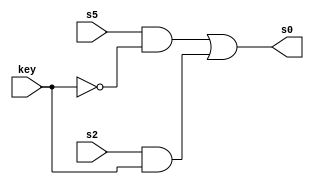
// ------------------------- 
// Exemplo0034 - LU xnor e or e xor e nor
// Nome: Pedro Henrique Vilar Locatelli 
// ------------------------- 
// ------------------------- 
// f4_gate 
// ------------------------- 
module lastChance (output [3:0] s0, 
			          input [3:0] s5, 
			          input [3:0] s2, 
			          input [3:0] key); 
 assign s0 = (s5 & ~key) | (s2 & key); 
	endmodule // lastChance 
module oneMoreTime (output [3:0] s1, 
			           input [3:0] s3, 
			           input [3:0] s4, 
			           input [3:0] key); 
 assign s1 = (s3 & ~key) | (s4 & key); 
	endmodule // oneMoreTime 
module orGate (output [3:0] s5, 
			  input [3:0] w, 
			  input [3:0] x); 
 assign s5 = (w | x);         
 	endmodule // orGate 
module xorGate (output [3:0] s2, 
			  input [3:0] w, 
			  input [3:0] x); 
 assign s2 = (w ^ x); 
	endmodule // xorGate 
module xnorGate (output [3:0] s4, 
			  input [3:0] w, 
			  input [3:0] x); 
 assign s4 = ~(w ^ x);         
 	endmodule // xnorGate 
module norGate (output [3:0] s3, 
			  input [3:0] w, 
			  input [3:0] x); 
 assign s3 = ~(w | x); 
	endmodule // norGate 
	module test_f5; 
// ------------------------- definir dados 
	reg [3:0] w; 
	reg [3:0] x; 
	reg [3:0] key; 
	wire [3:0] s0; 
	wire [3:0] s1; 
	wire [3:0] s2; 
	wire [3:0] s3; 
	wire [3:0] s4; 
	wire [3:0] s5; 
	orGate ana (s5, w, x);
	norGate mari (s3, w, x);
	xorGate nathalia (s2, w, x);
	xnorGate norberta (s4, w, x);
	lastChance bruno (s0, s5, s2, key);
	oneMoreTime fernao (s1, s3, s4, key);
// ------------------------- parte principal 
initial begin 
	$display("Exemplo0034 - Pedro Henrique Vilar Locatelli - 427453"); 
	$display("Test LU's module"); 
	w = 4'b0011; x = 4'b0101;
		// projetar testes do modulo 
	#1 key = 4'b1111;
	$monitor("%b operao(or ou nor) %b com chave %b = %b e %b operao(xor ou xnor) %b com chave %b = %b", w, x, key, s0, w, x, key, s1); 
	#2 key = 4'b0000;
end 
endmodule // test_f5